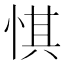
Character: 㥍